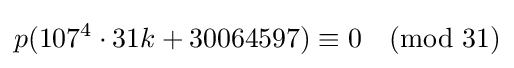
p(107^{4}\cdot 31k+30064597)\equiv 0{\pmod {31}}